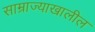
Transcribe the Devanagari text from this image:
साम्राज्याखालील